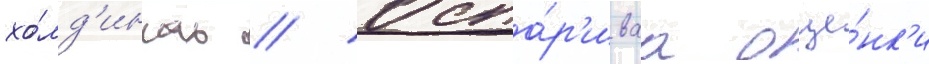
хо́лд'ингах // Оспа́р'иваа оце́нк'и